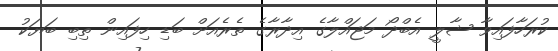
ކުރަހާފައިވާ ޝާލީ އެބްދޯ މަޖައްލާގެ އިދާރާގެ ތެރެއަށް ބަޑި ހިފައިން ތިބި ބަޔަކު